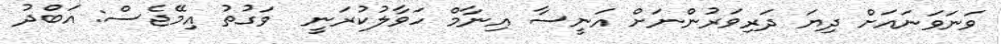
ވަނަވަނައަށް ދިޔަ ދަރިވަރުންނަށް އަނީސާ އިނާމް ހަވާލުކުރަނީ  ވަގުތު އިމޭޖެސް: އަބްދު